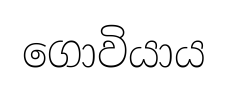
ගොවියාය